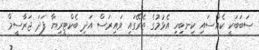
ސަބަބަކީ ކެއްސައި ކިނބިހި އެޅުމުގެ ތެރޭގައި ވައިރަސް އަދި ބެކްޓީރިޔާ ފަދަ ޖަރާސީމް